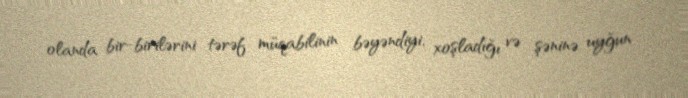
olanda bir-birilərini tərəf müqabilinin bəyəndiyi, xoşladığı və şəninə uyğun